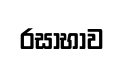
රසාභාව